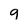
Character: g